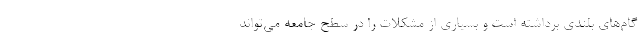
گام‌های بلندی برداشته است و بسیاری از مشکلات را در سطح جامعه می‌تواند